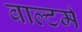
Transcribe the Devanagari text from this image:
वाल्टर्म